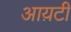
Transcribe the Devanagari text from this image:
आय़टी